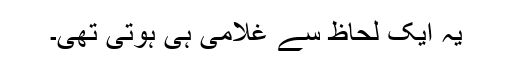
یہ ایک لحاظ سے غلامی ہی ہوتی تھی۔